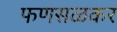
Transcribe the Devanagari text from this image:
फणसळकर